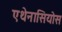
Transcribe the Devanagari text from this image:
एथेनासियोस